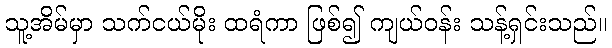
သူ့အိမ်မှာ သက်ငယ်မိုး ထရံကာ ဖြစ်၍ ကျယ်ဝန်း သန့်ရှင်းသည်။